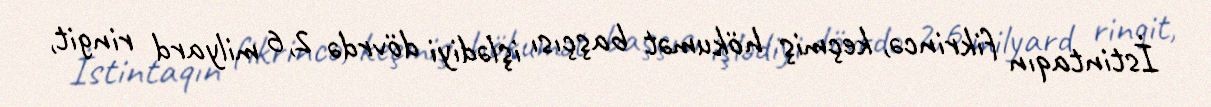
İstintaqın fikrincə, keçmiş hökumət başçısı işlədiyi dövrdə 2,6 milyard ringit,